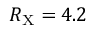
R _ { \mathrm { X } } = 4 . 2